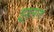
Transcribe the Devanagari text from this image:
झुलत